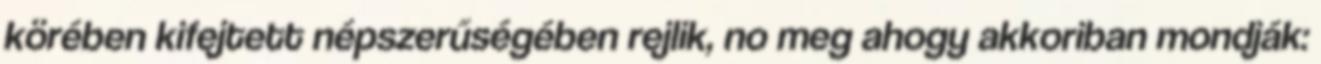
körében kifejtett népszerűségében rejlik, no meg ahogy akkoriban mondják: